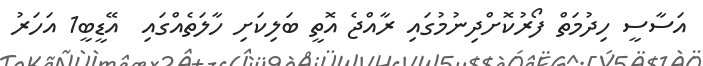
އަސާސީ ހިދުމަތް ފޯރުކޮށްދިނުމުގައި ރާއްޖެ އޮތީ ބަލިކަށި ހާލަތެއްގައި  އޭޑީބީ1 އަހަރު